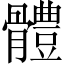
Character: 體